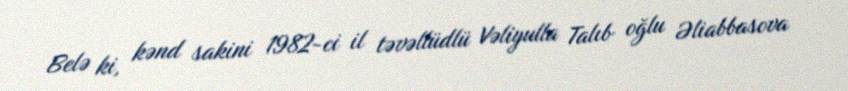
Belə ki, kənd sakini 1982-ci il təvəllüdlü Vəliyulla Talıb oğlu Əliabbasova